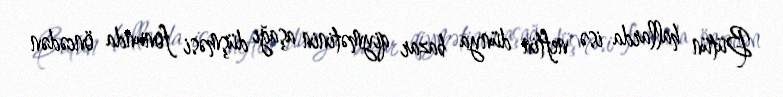
Bütün hallarda isə neftin dünya bazar qiymətinin aşağı düşməsi fonunda öncədən